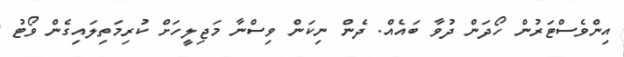
އިންވެސްޓަރުން ހޯދަން ދުވާ ބައެއް. ދެން ނިކަން ވިސްނާ މަޖިލީހަށް ކުރިމަތިލައިގެން ވޯޓު